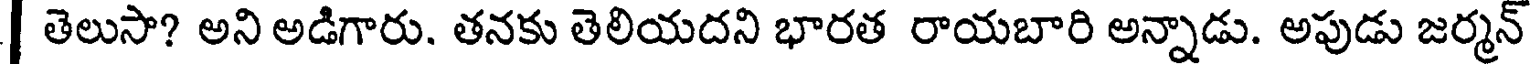
| తెలుసా? అని అడిగారు. తనకు తెలియదని భారత రాయబారి అన్నాడు. అపుడు జర్మన్